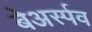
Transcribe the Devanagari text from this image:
बेअर्स्पव